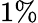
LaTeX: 1\%